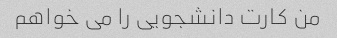
من کارت دانشجویی را می خواهم